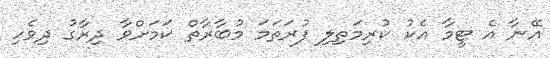
އޭނާ އެ ޓީމާ އެކު ކުރިމަތިލި ފުރަތަމަ މުބާރާތް ކަމަށްވާ ދިރާގު ދިވެހި